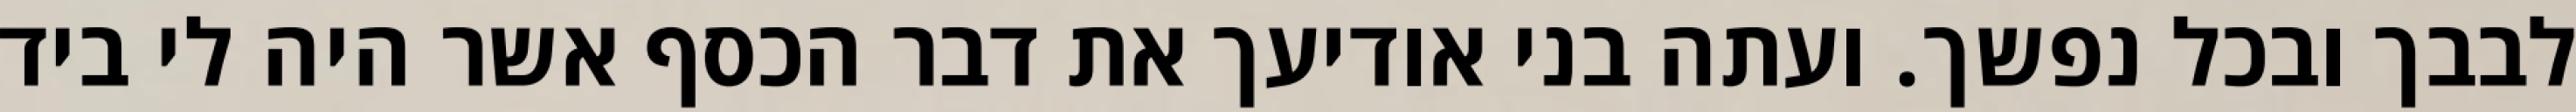
לבבך ובכל נפשך. ועתה בני אודיעך את דבר הכסף אשר היה לי ביד